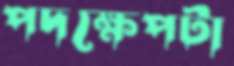
পদক্ষেপটা